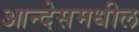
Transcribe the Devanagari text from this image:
आन्देसमधील